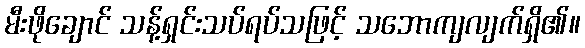
မီးဖိုချောင် သန့်ရှင်းသပ်ရပ်သဖြင့် သဘောကျလျက်ရှိ၏။